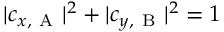
| c _ { x , \mathrm { ~ A ~ } } | ^ { 2 } + | c _ { y , \mathrm { ~ B ~ } } | ^ { 2 } = 1